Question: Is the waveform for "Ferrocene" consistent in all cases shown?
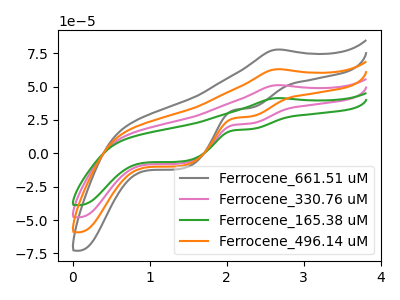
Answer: <think>The gray curve "Ferrocene_661.51 uM" has an anodic peak at (2.65V, 153.15uA) and cathodic peaks at (2.30V, 66.80uA) (1.40V, -22.75uA). The pink curve "Ferrocene_330.76 uM" has an anodic peak at (2.65V, 51.05uA) and cathodic peaks at (2.30V, 22.25uA) (1.40V, -7.60uA). The green curve "Ferrocene_165.38 uM" has an anodic peak at (2.65V, 41.35uA) and cathodic peaks at (2.30V, 18.05uA) (1.40V, -6.15uA). The orange curve "Ferrocene_496.14 uM" has an anodic peak at (2.65V, 102.10uA) and cathodic peaks at (2.30V, 44.55uA) (1.40V, -15.15uA).
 All the peaks in "Ferrocene_661.51 uM" have a peak in "Ferrocene_330.76 uM" at the same potential. All the peaks in "Ferrocene_661.51 uM" have a peak in "Ferrocene_165.38 uM" at the same potential. All the peaks in "Ferrocene_661.51 uM" have a peak in "Ferrocene_496.14 uM" at the same potential. All the peaks in "Ferrocene_330.76 uM" have a peak in "Ferrocene_165.38 uM" at the same potential. All the peaks in "Ferrocene_330.76 uM" have a peak in "Ferrocene_496.14 uM" at the same potential. All the peaks in "Ferrocene_165.38 uM" have a peak in "Ferrocene_496.14 uM" at the same potential.</think>
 <answer>All the CV's of "Ferrocene" have similar shape.</answer>
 <eval>follow_rule</eval>